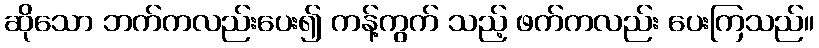
ဆိုသော ဘက်ကလည်းပေး၍ ကန့်ကွက် သည့် ဖက်ကလည်း ပေးကြသည်။